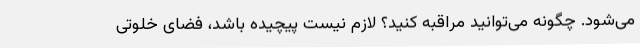
می‌شود. چگونه می‌توانید مراقبه کنید؟ لازم نیست پیچیده باشد، فضای خلوتی